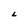
Character: L